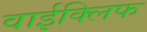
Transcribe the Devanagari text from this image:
वाईक्लिफ